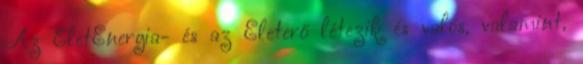
Az ÉletEnergia- és az Életerő létezik és valós, valamint,